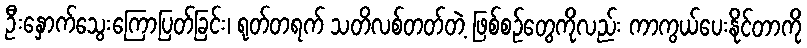
ဦးနှောက်သွေးကြောပြတ်ခြင်း၊ ရုတ်တရက် သတိလစ်တတ်တဲ့ ဖြစ်စဉ်တွေကိုလည်း ကာကွယ်ပေးနိုင်တာကို